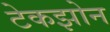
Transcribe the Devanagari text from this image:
टेकझोन